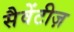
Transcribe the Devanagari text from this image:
सैवेंटीज़